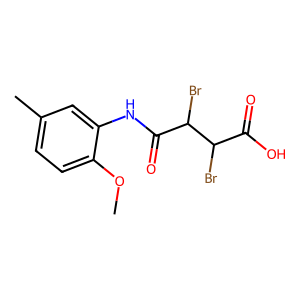
SMILES: COc1ccc(C)cc1NC(=O)C(Br)C(Br)C(=O)O
Inhibits HIV replication: No